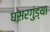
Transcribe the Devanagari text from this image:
घसरगुंड्या